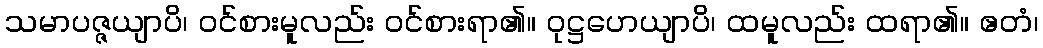
သမာပဇ္ဇယျာပိ၊ ဝင်စားမူလည်း ဝင်စားရာ၏။ ဝုဋ္ဌဟေယျာပိ၊ ထမူလည်း ထရာ၏။ ဧတံ၊